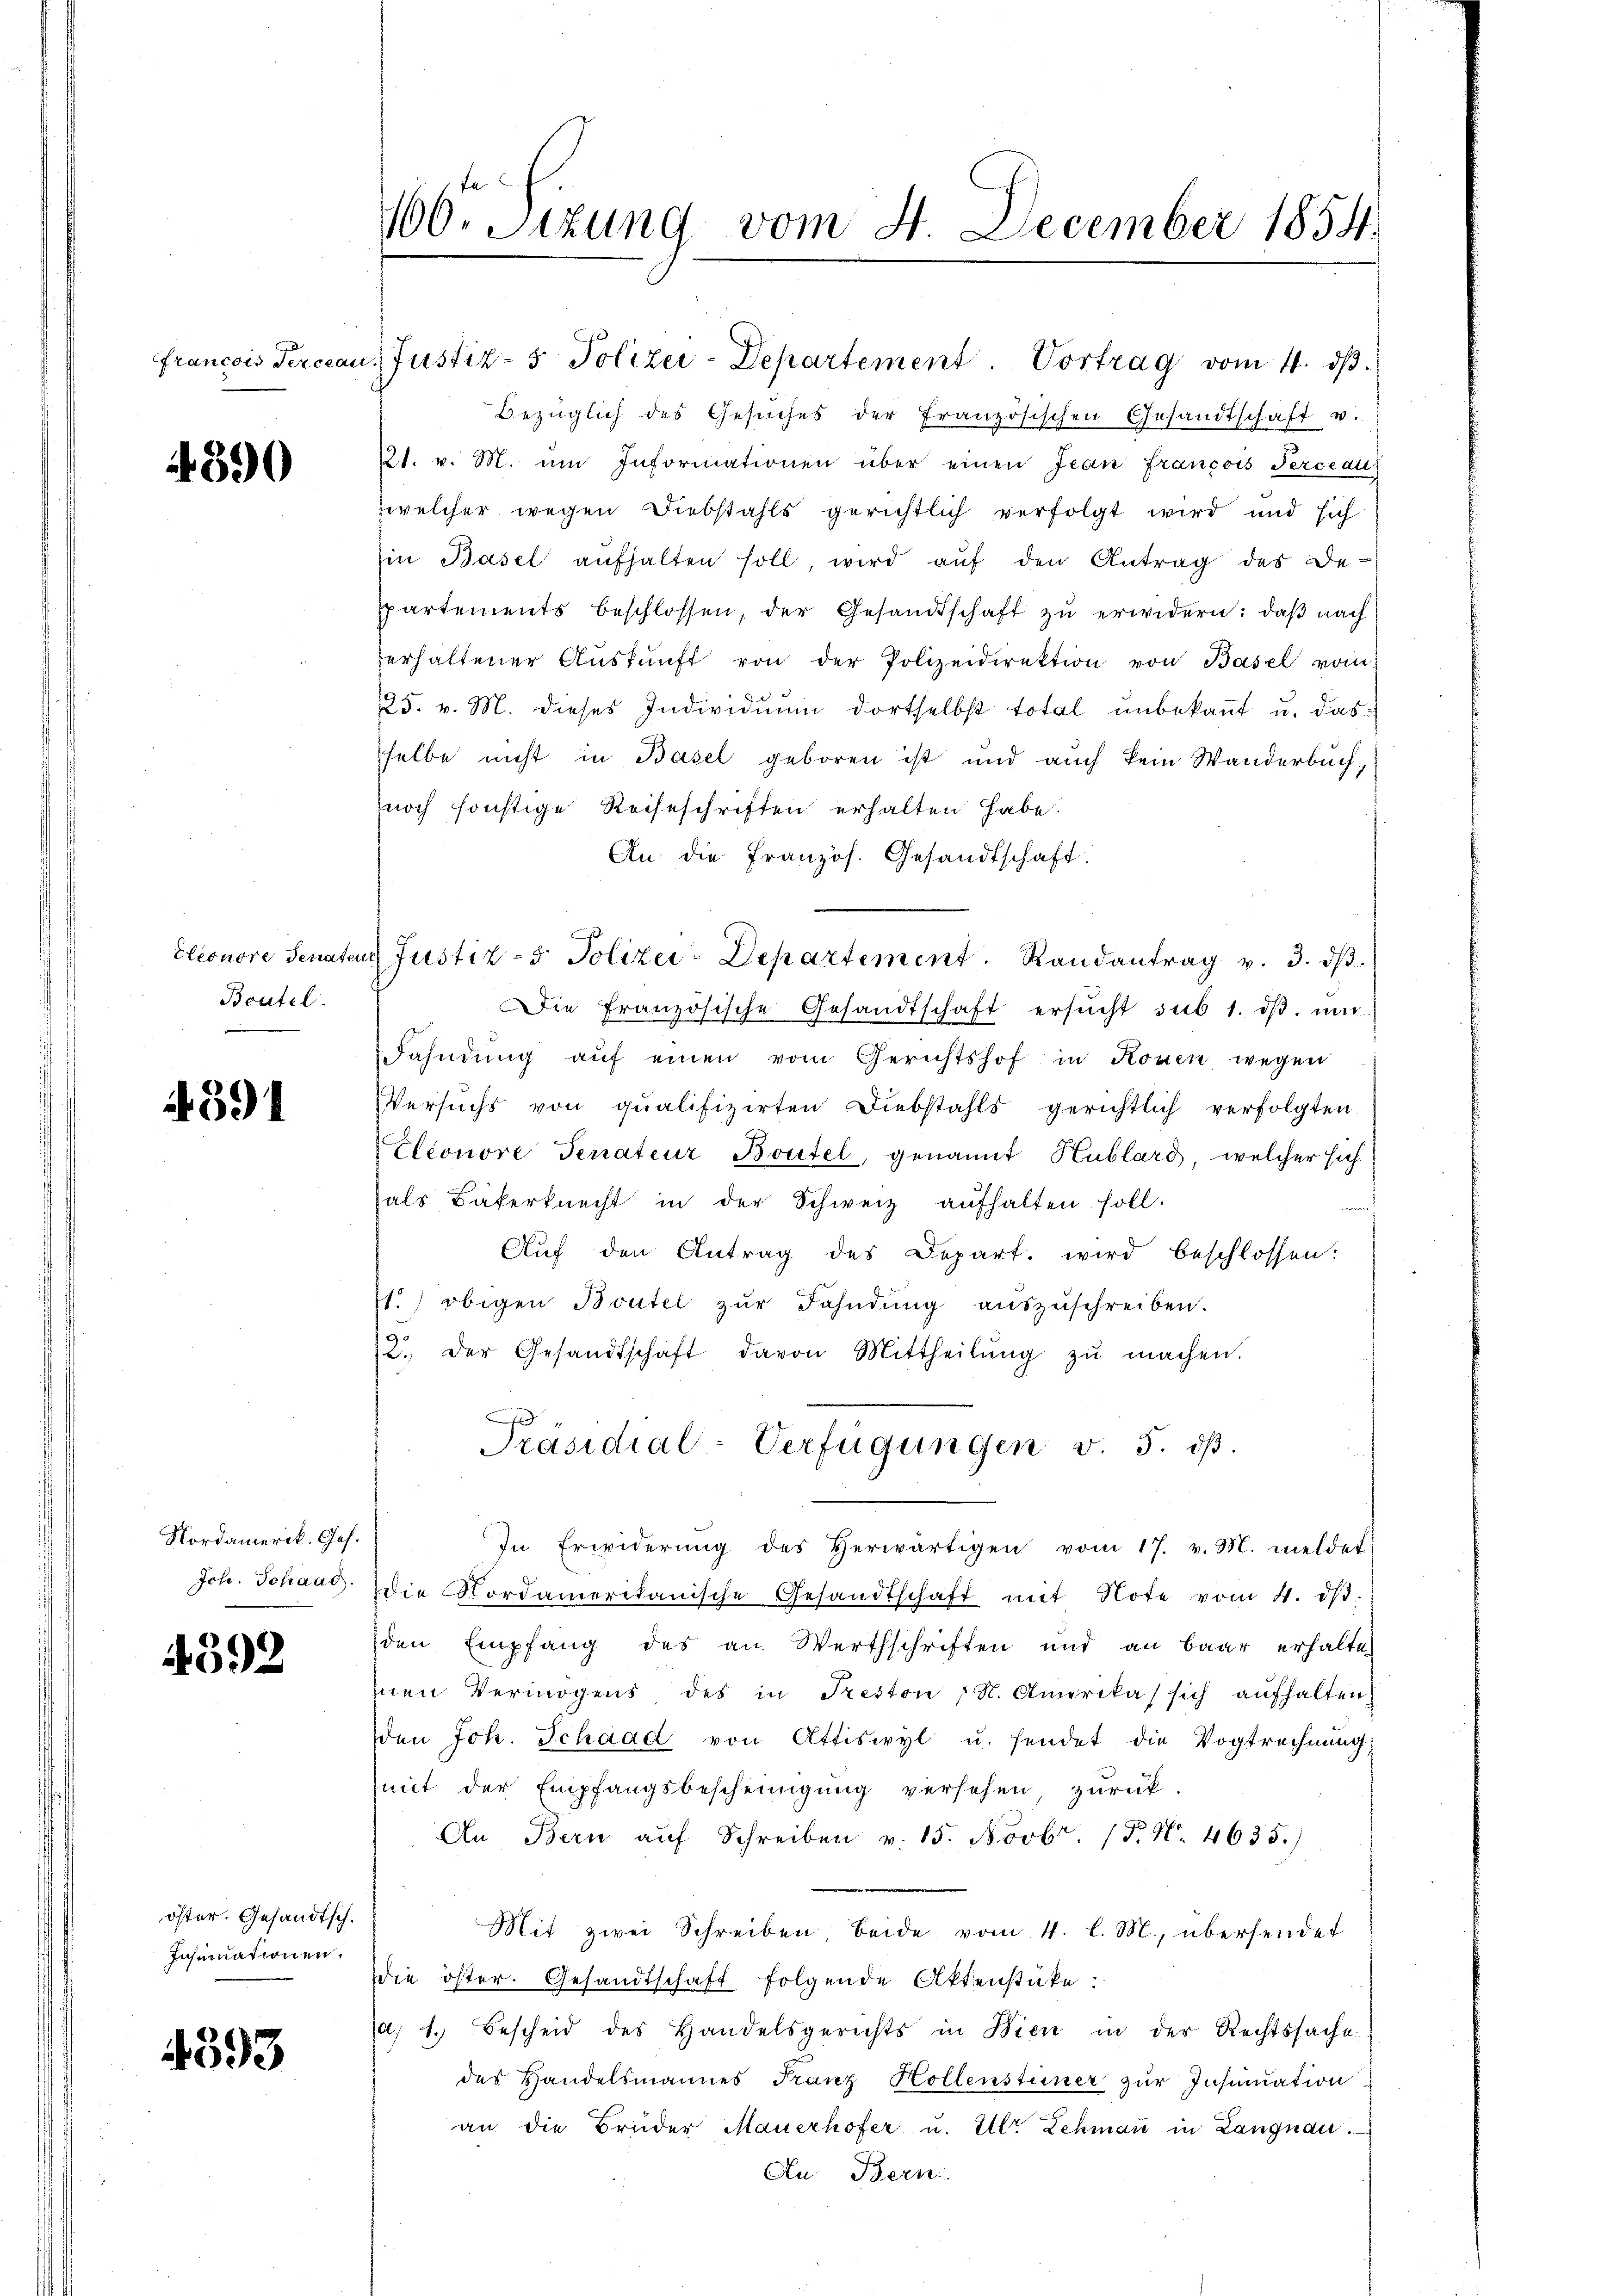
Francois Perceai

4390

Boutel

591

Nordamerik. Ges.
Joh. Schaad.

4592

öster. Gesandtsch.
Insinuationen.

4393

100. Sitzung vom 4. December 1854.

u. Justiz- & Polizei-Departement Vortrag vom 4. ds.

Bezüglich des Gesŭches der Französischen Gesandtschaft u.
221. v. M. um Informationen über einen Jean Francois Perce auf
welcher wegen Diebstahls gerichtlich verfolgt wird und sich
Ein Basel aŭfhalten soll wird aŭf den Antrag des De-
partements beschlossen, der Gesandtschaft zŭ erwidern: daβ nach
erhaltener Aŭsfŭnft von der Polizeidirektion von Basel vom
125. v. M. dieses Individuum dortselbst total unbekaṅt u. das
selbe nicht in Basel geboren ist und auch kein Wanderbuch,
noch sonstige Reiseschriften erhalten habe.
An die französ. Gesandtschaft.
Eleonore Senaten Justiz- & Polizei-Departement. Randantrag v. 3. dβ.
Die französische Gesandtschaft ersŭcht sub 1. dβ. um
Fahndŭng aŭf einen vom Gerichtshof in Rouen, wegen
Versuchs von qualifizirten Diebstahls gerichtlich verfolgten
Eleonore Senateur Bautel, genannt Kublard, welcher sich
als Baferknecht in der Schweiz aŭfhalten soll.
4
Aŭf den Antrag des Depart wird beschlossen:
st.) obigen Boutel zŭr Fahndŭng aŭszŭschreiben.
2. Der Gesandtschaft davon Mittheilŭng zŭ machen.
A
Präsidial-Verfügungen v. 5. dβ.
In Erwiderŭng des herwärtigen vom 17. v. M. meldet
die Nordamerikanische Gesandtschaft mit Note vom 4. dβ.
den Empfang des an Werthschriften und an baar erhalte
mnen Vermögens des in Treston H. Amerikas sich aufhalten
den Joh. Schaad von Attiswyl u. sendet die Vogtrechnŭng,
mit der Empfangsbescheinigung versehen zurück
An Bern aŭf Schreiben v. 15. Novbr. (T. N. 4635.)
Mit zwei Schreiben, beide vom 4. l. M., übersendet
die öster. Gesandtschaft folgende Aktenstüke:
A. 1. Bescheid des Handelsgerichts in Wien in der Rechtssache.
des Handelsmannes Franz Hollensteiner zur Insinuation
an die Brüder Mauerhofer u. Ulr. Lehmaṅ in Langnau.
An Bern